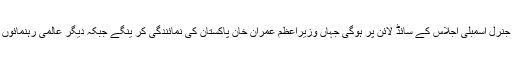
دونوں رہنماوں کے درمیان یہ ملاقات اقوام متحدہ جنرل اسمبلی اجلاس کے سائڈ لائن پر ہوگی جہاں وزیراعظم عمران خان پاکستان کی نمائندگی کر ینگے جبکہ دیگر عالمی رہنمائوں کی طرح امریکی صدر بھی وہاں موجود ہونگے ۔